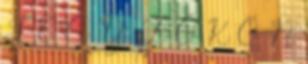
J E G Y Z Ő K Ö N